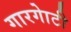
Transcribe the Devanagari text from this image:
गारगाेटी